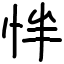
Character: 怑